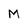
Character: M